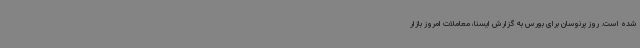
شده است. روز پرنوسان برای بورس به گزارش ایسنا، معاملات امروز بازار